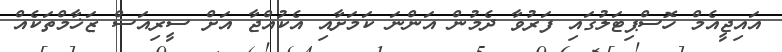
އައިޖީއެމް ހޮސްޕިޓަލުގައި ފަރުވާ ދެމުން އަންނަ ކަމަށާއި އެކުއްޖާ އަށް ސީރިއަސް ޒަޚާމްތަކެއް